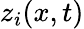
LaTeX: z_{i}(x,t)